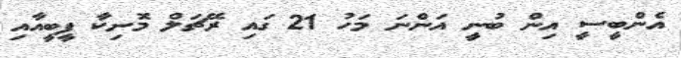
އެންބީސީ އިން ބުނީ އަންނަ މަހު 21 ގައި ރޭޗަލް މޮނިކާ ފީބީއާއި